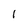
Character: l